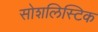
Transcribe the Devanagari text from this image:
सोशलिस्टिक